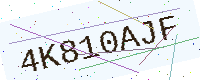
Text: 4K810AJF